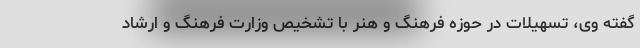
گفته وی، تسهیلات در حوزه فرهنگ و هنر با تشخیص وزارت فرهنگ و ارشاد